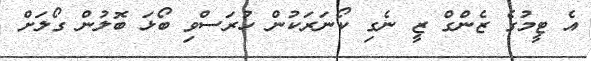
އެ ޓީމުގެ ޒެންގް ޒީ ނެގި ކޯނަރަކުން ހުރަސްވި ބޯޅަ ބޮލުން ގޯލަށް